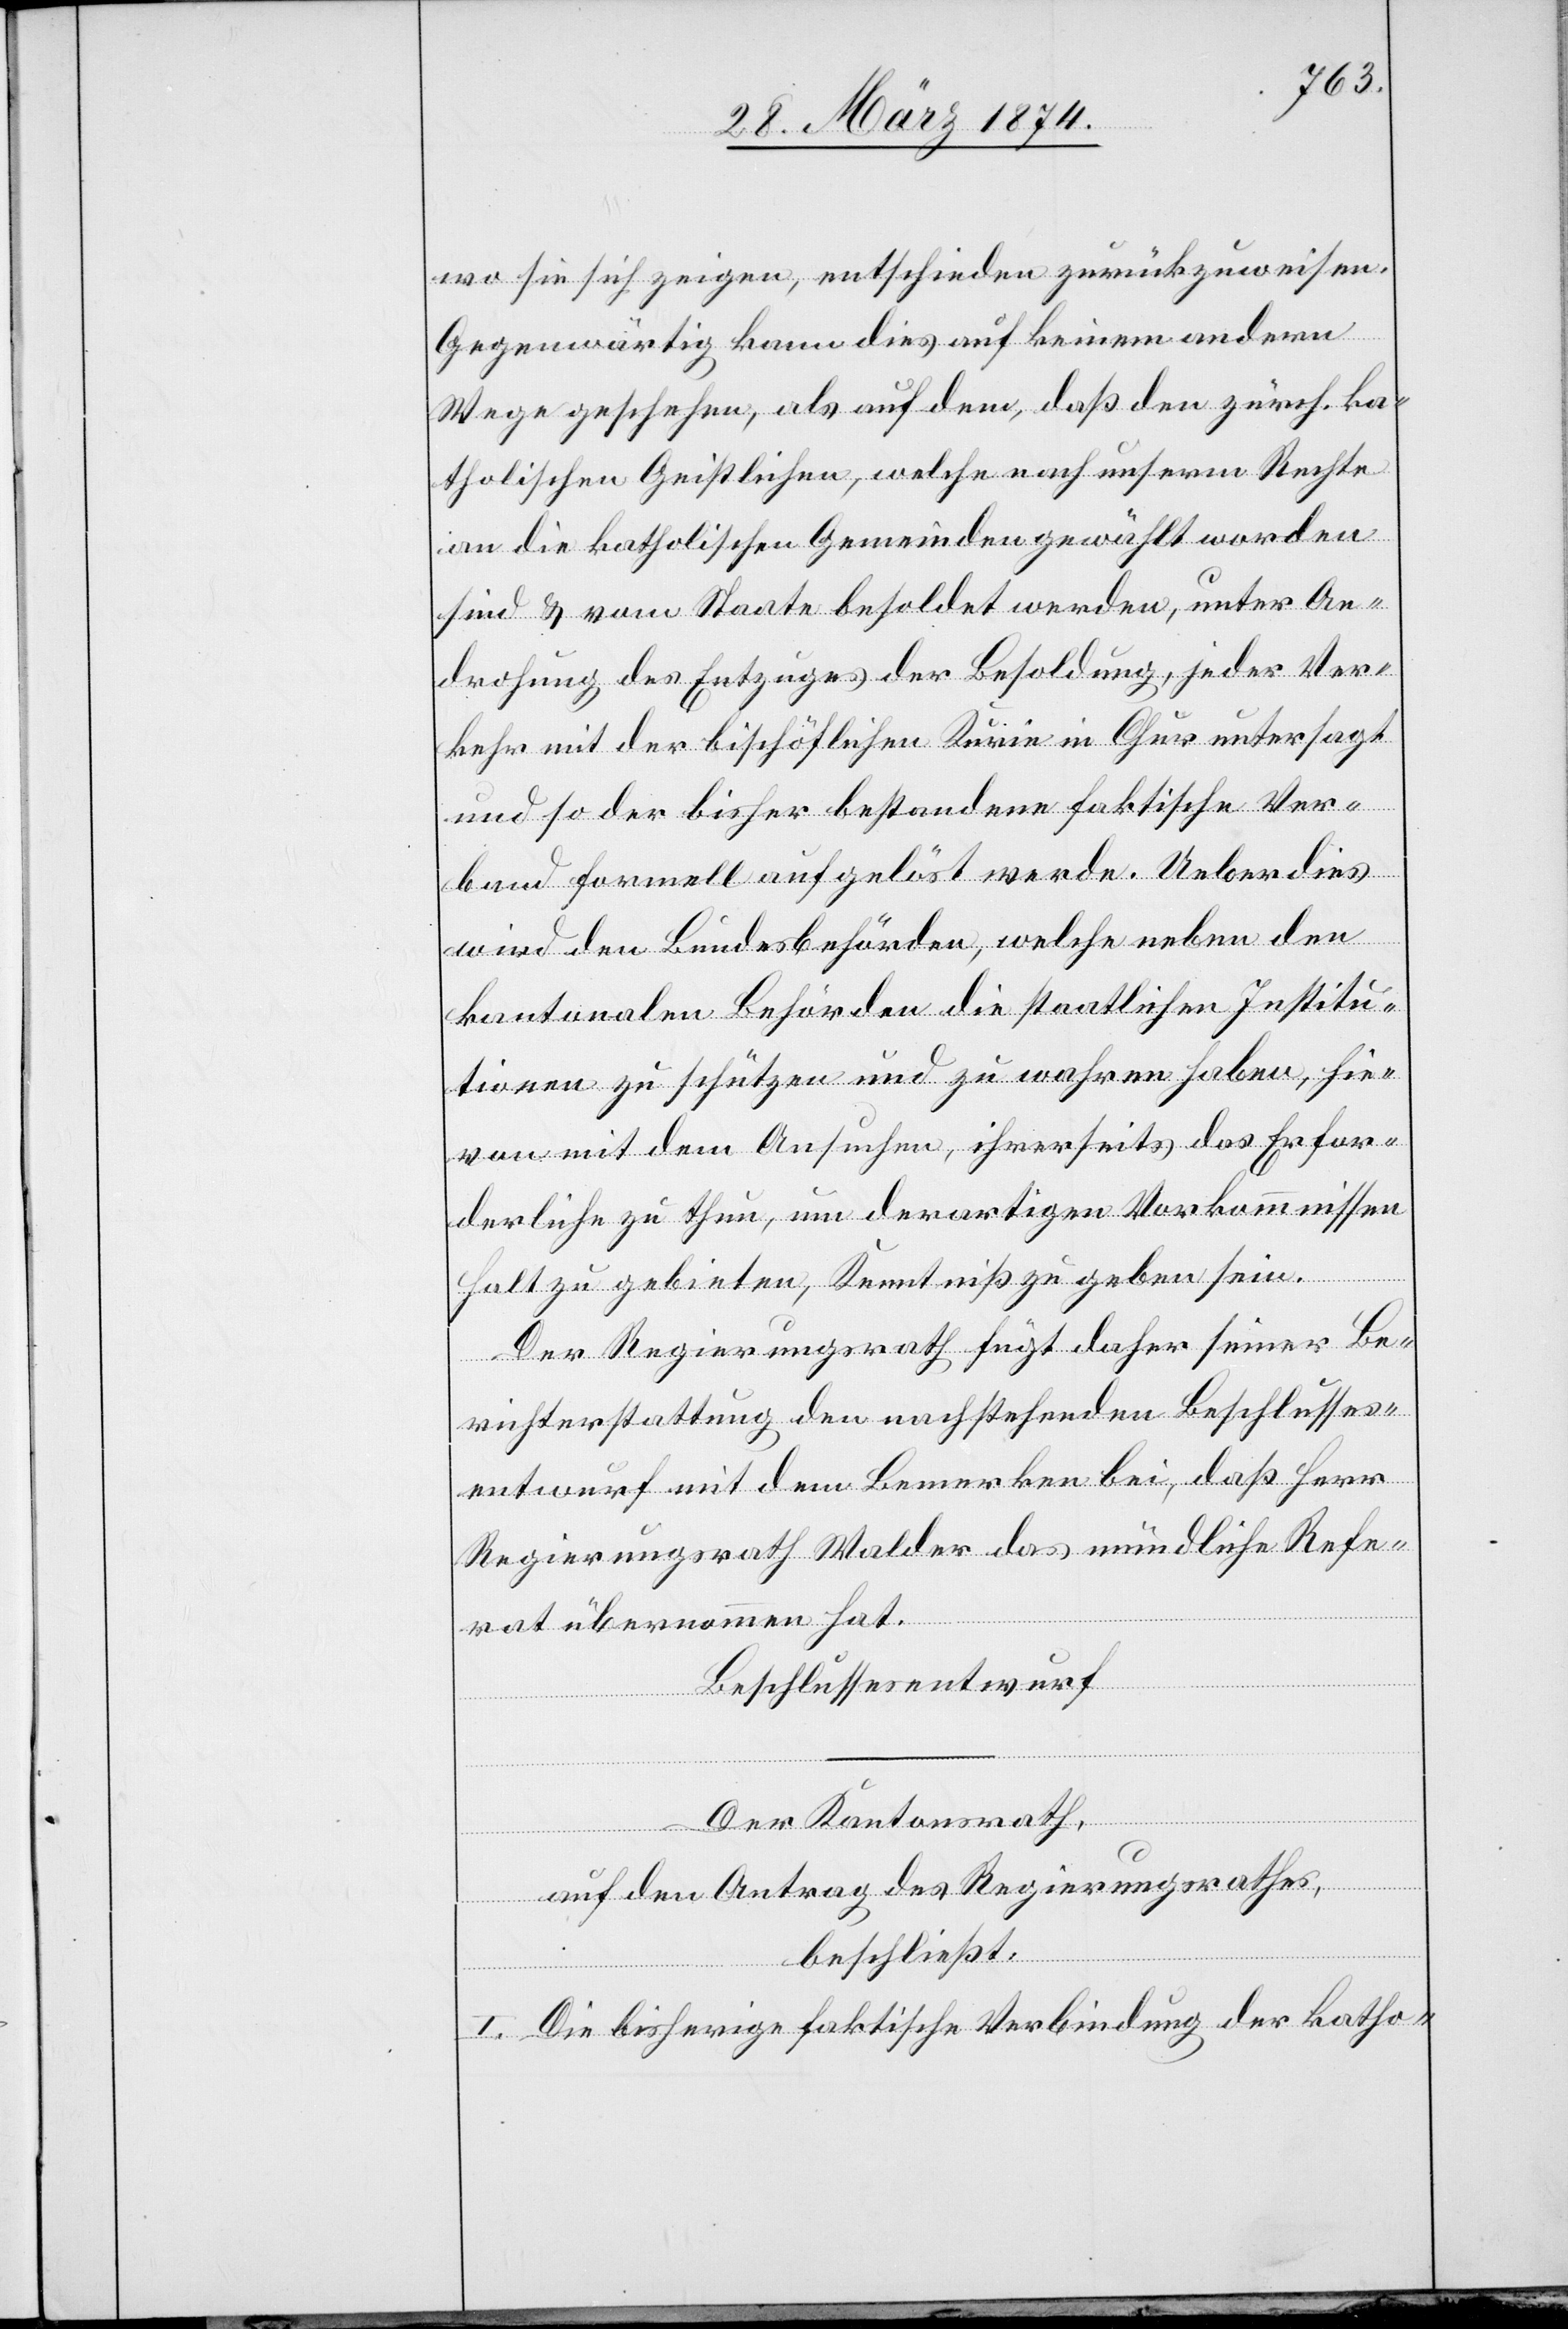
wo sie sich zeigen, entschieden zurückzuweisen.
Gegenwärtig kann dies auf keinem andern
Wege geschehen, als auf dem, daß den zürch. ka¬
tholischen Geistlichen, welche nach unserm Rechte
an die katholischen Gemeinden gewählt worden
sind u. vom Staate besoldet werden, unter An¬
drohung des Entzuges der Besoldung, jeder Ver¬
kehr mit der bischöflichen Kurie in Chur untersagt
und so der bisher bestandene faktische Ver¬
band formell aufgelöst werde. Ueberdies
wird den Bundesbehörden, welche neben den
kantonalen Behörden die staatlichen Institu¬
tionen zu schützen und zu wahren haben, hie¬
von mit dem Ansuchen, ihrerseits das Erfor¬
derliche zu thun, um derartigen Vorkommnissen
Halt zu gebieten, Kenntniß zu geben sein.
Der Regierungsrath fügt daher seiner Be¬
richterstattung den nachstehenden Beschlusses¬
entwurf mit dem Bemerken bei, daß Herr
Regierungsrath Walder das mündliche Refe¬
rat übernommen hat.
Beschlussesentwurf
Der Kantonsrath,
auf den Antrag des Regierungsrathes,
beschließt:
I. Die bisherige faktische Verbindung der katho-